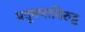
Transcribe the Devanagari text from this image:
प्रदूषणाविरुद्ध